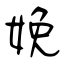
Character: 娩